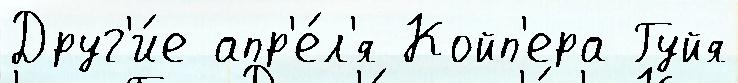
Друг'и́е апр'е́л'я Койп'ера Гуйя